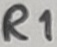
Text: R1